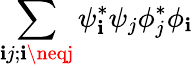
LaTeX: \sum_{\mathbf{i}j;\mathbf{i}\neqj}\psi_{\mathbf{i}}^{*}\psi_{j}\phi_{j}^{*}\phi_{\mathbf{i}}